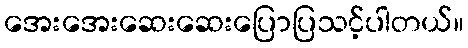
အေးအေးဆေးဆေးပြောပြသင့်ပါတယ်။